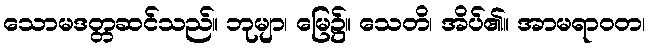
သောမဒတ္တဆင်သည်။ ဘုမျာ၊ မြေ၌။ သေတိ၊ အိပ်၏။ အာမရာဝတ၊